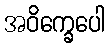
အဝိက္ခေပေါ